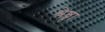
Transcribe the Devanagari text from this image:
श्रेष्ठ्हा